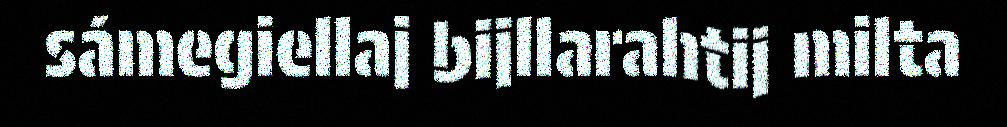
sámegiellaj bijllarahtij milta